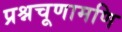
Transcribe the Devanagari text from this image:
प्रश्नचूणामणि